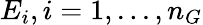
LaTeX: E_{i},i=1,...,n_{G}